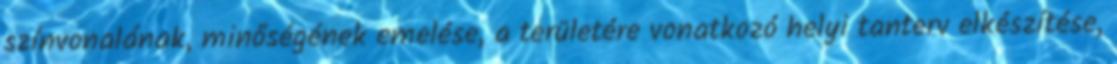
színvonalának, minőségének emelése, a területére vonatkozó helyi tanterv elkészítése,